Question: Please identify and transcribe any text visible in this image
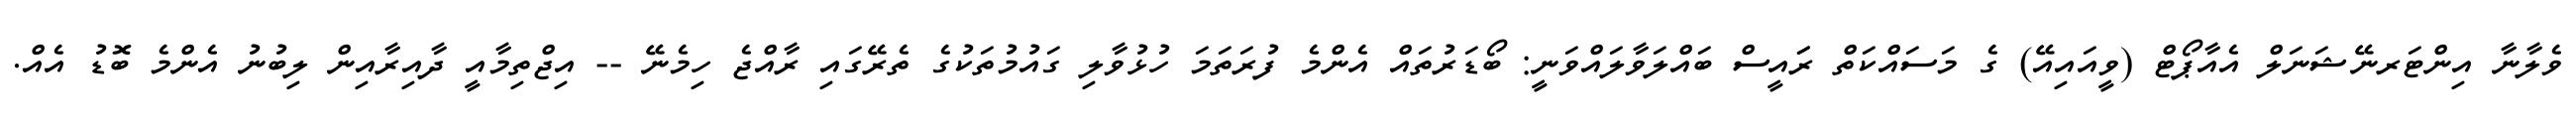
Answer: ވެލާނާ އިންޓަރނޭޝަނަލް އެއާޕޯޓް (ވީއައިއޭ) ގެ މަސައްކަތް ރަައީސް ބައްލަވާލައްވަނީ: ބޯޑަރުތައް އެންމެ ފުރަތަމަ ހުޅުވާލި ގައުމުތަކުގެ ތެރޭގައި ރާއްޖެ ހިމެނޭ -- އިޖްތިމާއީ ދާއިރާއިން ލިބުނު އެންމެ ބޮޑު އެއް.